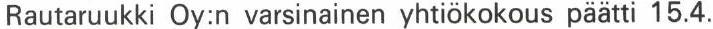
Rautaruukki Oy:n varsinainen yhtiökokous päätti 15.4.